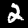
Label: 2